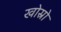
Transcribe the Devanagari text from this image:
खोस्रो